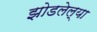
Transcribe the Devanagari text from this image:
झोडलेल्या